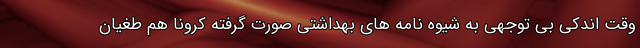
وقت اندکی بی توجهی به شیوه نامه های بهداشتی صورت گرفته کرونا هم طغیان